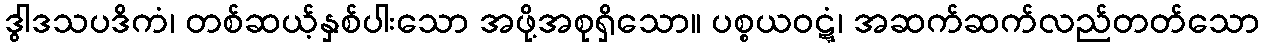
ဒွါဒသပဒိကံ၊ တစ်ဆယ့်နှစ်ပါးသော အဖို့အစုရှိသော။ ပစ္စယဝဋ္ဋံ၊ အဆက်ဆက်လည်တတ်သော